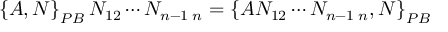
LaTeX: \left\{ A , N \right\} _ { { \footnotesize P B } } N _ { 1 2 } \cdots N _ { n - 1 \; n } = \left\{ A N _ { 1 2 } \cdots N _ { n - 1 \; n } , N \right\} _ { { \footnotesize P B } }